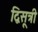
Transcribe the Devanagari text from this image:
द्विसूत्री